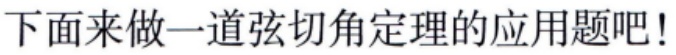
下面来做一道弦切角定理的应用题吧!